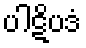
ပါဋိပဒံ